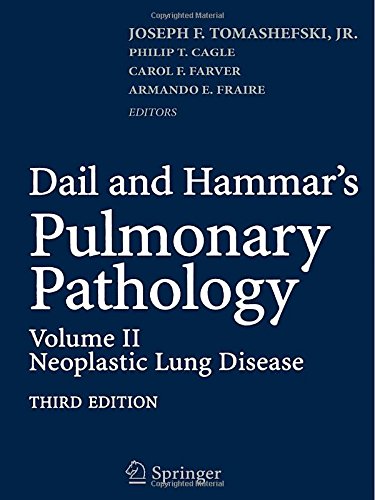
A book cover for Dail and Hammar's Pulmonary Pathology: Volume II: Neoplastic Lung Disease; Health, Fitness & Dieting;